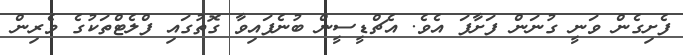
ފެށިގެން ވަނީ ގުނަން ފަށާފަ އެވެ. އެޗްޑީސީން ބުނެފައިވާ ގޮތުގައި ފްލެޓްތަކުގެ ވެރިން